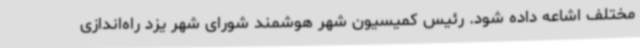
مختلف اشاعه داده شود. رئیس کمیسیون شهر هوشمند شورای شهر یزد راه‌اندازی